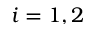
i = 1 , 2